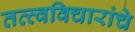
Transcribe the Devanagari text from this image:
तत्त्वविचारांचे